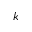
k